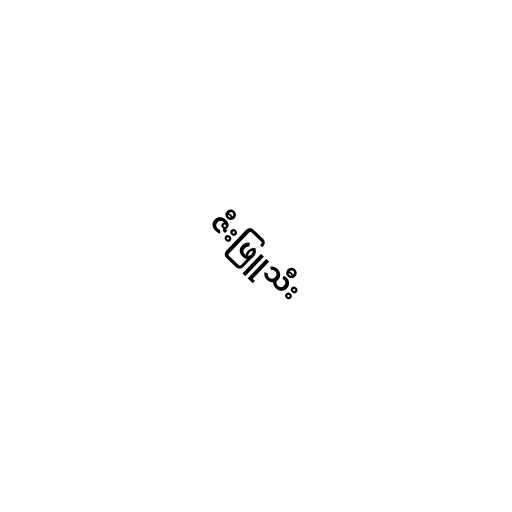
ဇီးဖြူသီး